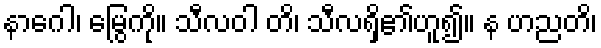
နာဂေါ၊ မြွေကို။ သီလဝါ တိ၊ သီလရှိ၏ဟူ၍။ န ဟညတိ၊